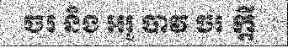
ចរ និង អរូ បាវ ចរ ក្តី